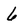
Character: 6